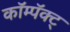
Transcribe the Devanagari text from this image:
कॉम्पॅक्ट्